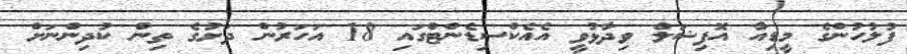
ފުލުހުންގެ މީޑިއާ އޮފިޝަލް ވިދާޅުވީ އެއެކްސިޑެންޓްގައި 18 އަހަރުން ދަށުގެ ތިން ކުދިންނަށް